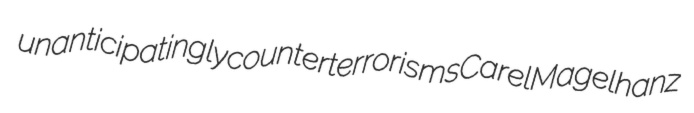
unanticipatingly counterterrorisms Carel Magelhanz